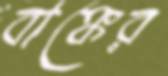
বাঙ্কের